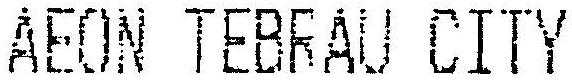
AEON TEBRAU CITY